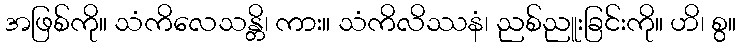
အဖြစ်ကို။ သံကိလေသန္တိ၊ ကား။ သံကိလိဿနံ၊ ညစ်ညူးခြင်းကို။ ဟိ၊ စွ။